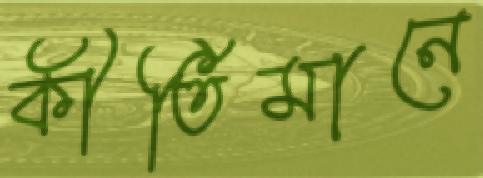
কীর্তিমানে